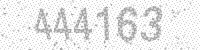
Solution: 444163